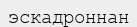
эскадроннан